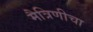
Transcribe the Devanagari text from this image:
मैत्रिणीचा